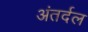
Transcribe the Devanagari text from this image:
अंतर्दल